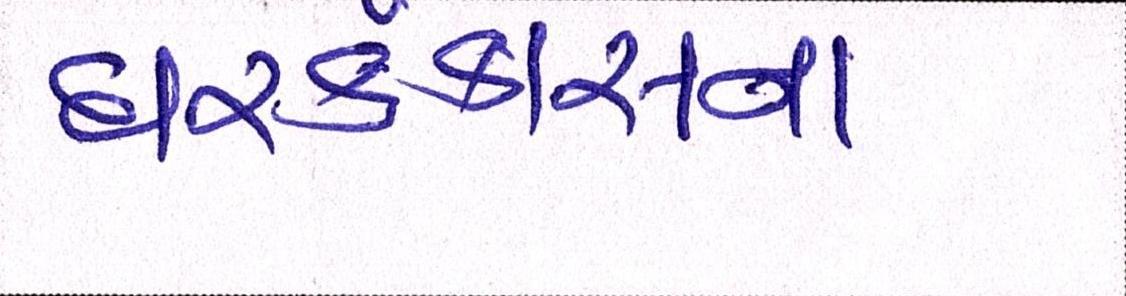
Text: ઘરકંકાસના